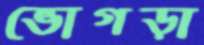
ভোগড়া